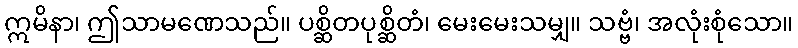
ဣမိနာ၊ ဤသာမဏေသည်။ ပစ္ဆိတပုစ္ဆိတံ၊ မေးမေးသမျှ။ သဗ္ဗံ၊ အလုံးစုံသော။